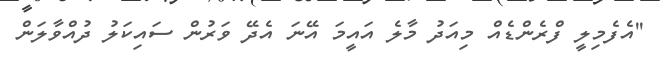
''އެފެމިލީ ފްރެންޑެއް މިއަދު މާލެ އައީމަ އޭނަ އެދޭ ވަރުން ސައިކަލު ދުއްވާލަން